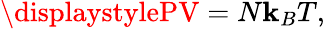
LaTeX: \displaystylePV=N\mathbf{k}_{B}T,